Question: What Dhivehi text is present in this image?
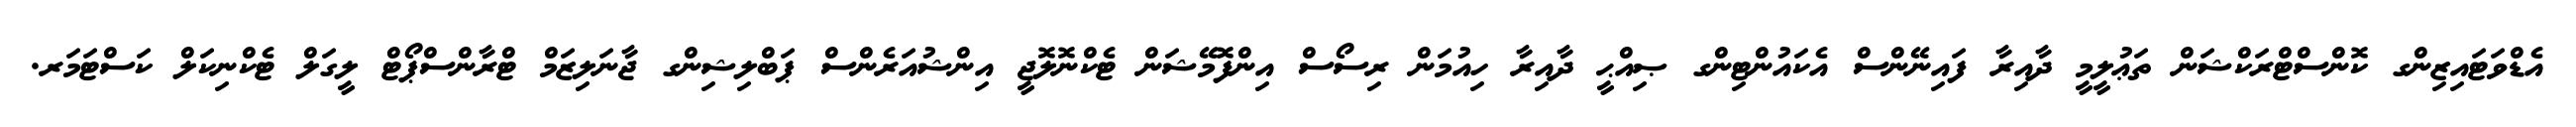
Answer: އެޑްވަޓައިޒިންގ ކޮންސްޓްރަކްޝަން ތަޢުލީމީ ދާއިރާ ފައިނޭންސް އެކައުންޓިންގ ޞިއްޙީ ދާއިރާ ހިއުމަން ރިސޯސް އިންފޮމޭޝަން ޓެކްނޮލޮޖީ އިންޝުއަރެންސް ޕަބްލިޝިންގ ޖާނަލިޒަމް ޓްރާންސްޕޯޓް ލީގަލް ޓެކްނިކަލް ކަސްޓަމަރ.